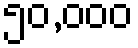
၅၀,၀၀၀